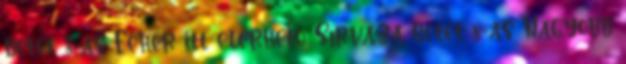
betét 8-as Fehér itt elérhető Sírváza betét 8-as Nagyobb